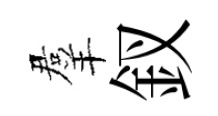
羣釵